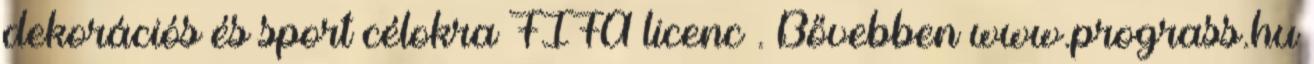
dekorációs és sport célokra FIFA licenc . Bővebben www.prograss.hu